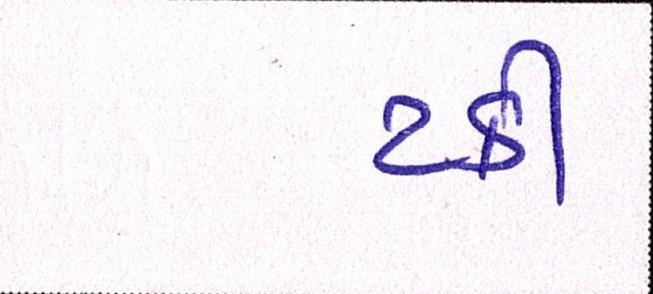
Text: ટકી